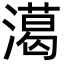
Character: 㵧